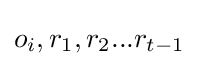
o_{i},r_{1},r_{2}...r_{t-1}